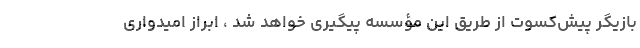
بازیگر پیش‌کسوت از طریق این مؤسسه پیگیری خواهد شد ، ابراز امیدواری